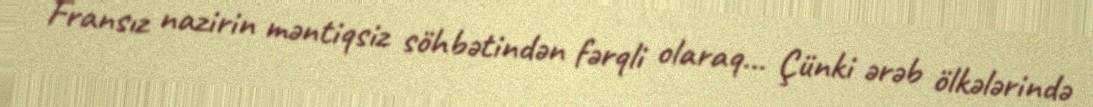
Fransız nazirin məntiqsiz söhbətindən fərqli olaraq... Çünki ərəb ölkələrində